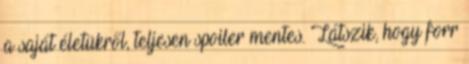
a saját életükről, teljesen spoiler mentes. Látszik, hogy forr